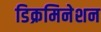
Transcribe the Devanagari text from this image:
डिक्रमिनेशन